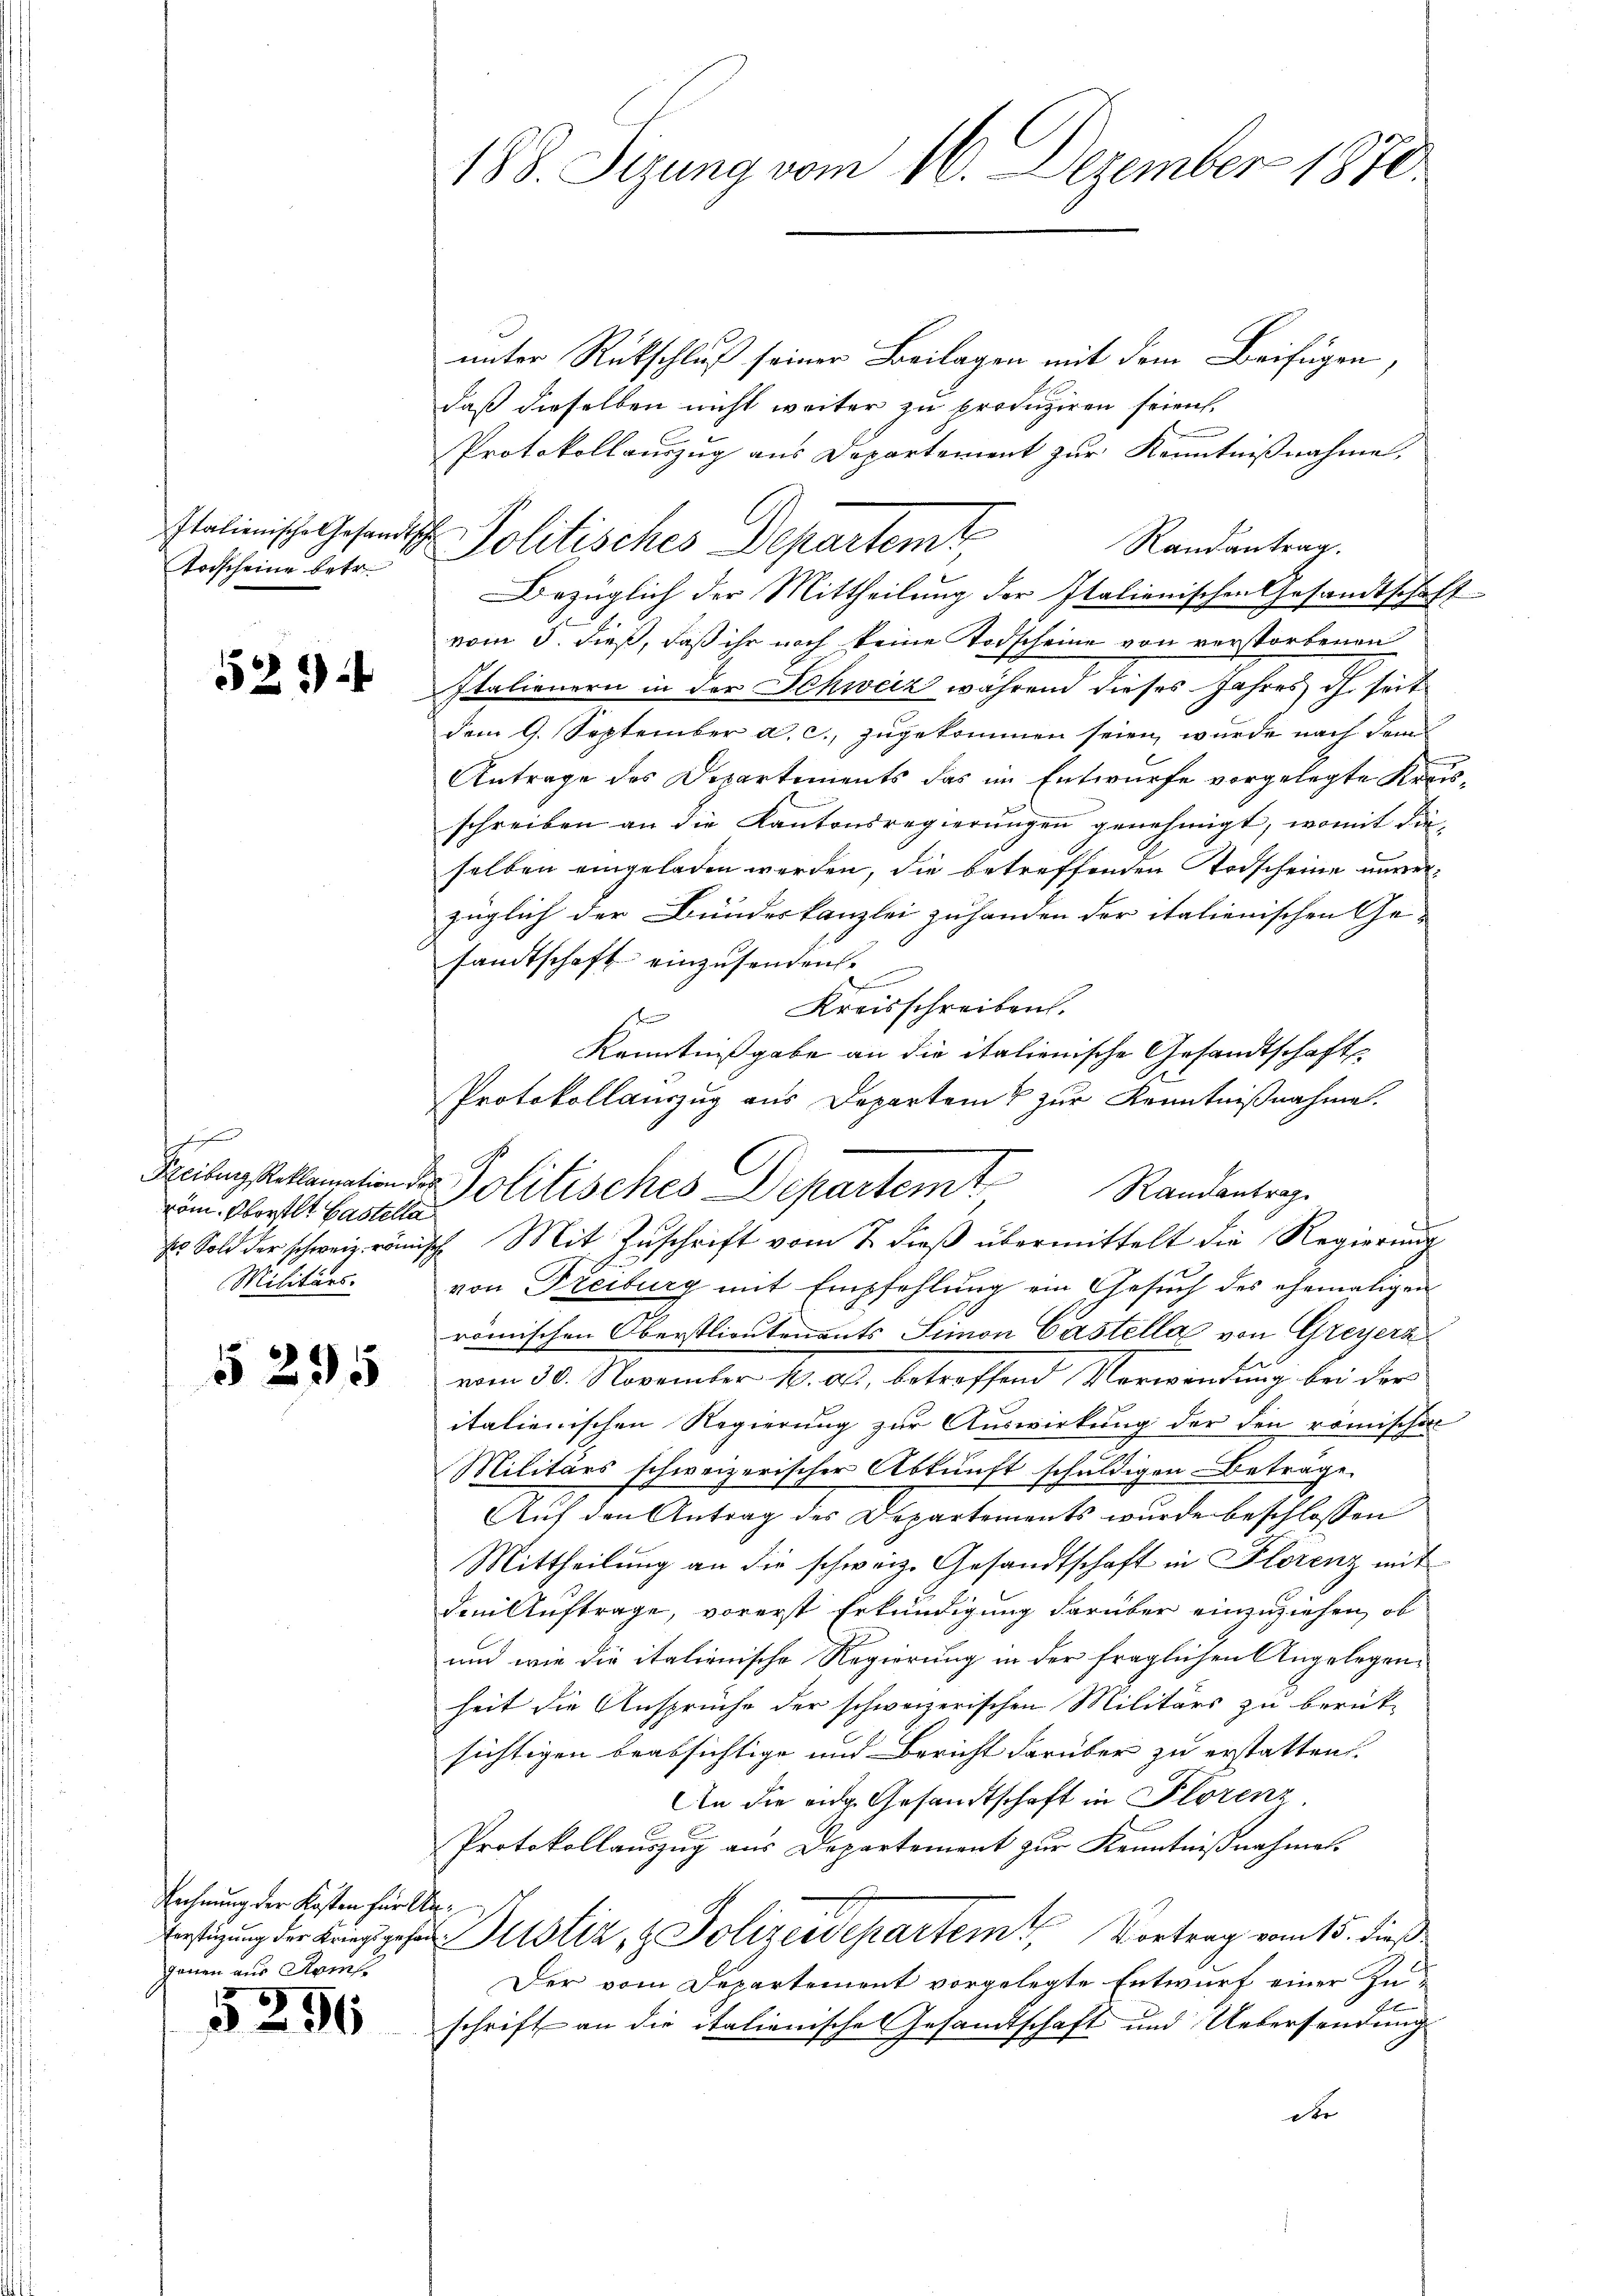
Todscheine betr.

525

sichen
vom Oberstl. Castella
Militärs.

5295

Rechnung der Kosten für Angenen aus Rams

5296

188. Sizung vom 16. Dezember 1870

Italienische Gesandtsch Politisches Departemt

unter Rückschluß seiner Beilagen mit dem Beifügen,
daß dieselben nicht weiter zu produziren seien.
Protokollauszug aus Departement zur Kenntnißnahme,
Randantrag.
Bezüglich der Mittheilung der Italienischen Gesandtschaff
vom 3. dieß, daß ihr noch keine Todscheine von verstorbenen
Italienern in der Schweiz während dieses Jahres dch seit
dem 9. September a. c., zugekommen seien, wurde nach dann
Antrage des Departements das im Entwurfe vorgelegte Kreisschreiben an die Kantonsregierungen genehmigt, womit die
selben eingeladen werden, die betreffenden Todscheine unverzüglich der Bundeskanzlei zuhanden der italienischen Ge-
sandtschaft einzusenden.
d
Kreisschreiben.
z
Kenntnißgabe an die italienische Gesandtschaft
Protokollauszug aus Departem zur Kenntnißnahme.
 Sold der schweiz. römisch Mit Zŭschrift vom 7. dieβ übermittelt die Regierung
von Freiburg mit Empfehlung ein Gesuch des ehemaligen
römischen Oberstlieutenants Simon Castella von Greyerz
vom 30. November 1. alt, betreffend Verwendung bei der
italienischen Regierung zur Auswirkung der den römischen
Militärs schweizerischer Abkunft schuldigen Beträge
Auf den Antrag des Departements wurde beschlossen
Mittheilung an die schweiz. Gesandtschaft in Florenz mit
dem Auftrage, vorerst Erkundigung darüber einzuziehen, ob
und wie die italienische Regierung in der fraglichen Angelegenheit die Ansprüche der schweizerischen Militärs zu berück-
sichtigen beabsichtige und Bericht darüber zu erstatten.
An die eige Gesandtschaft in Plorenz,
Protokollauszug aus Departement zur Kenntnißnahmes
E
stigung der Kriegsgehen Justiz, z. Polizeidepartem Vortrag vom 15. dieß
Der vom Departement vorgelegte Entwurf einer Zuschrift an die italienische Gesandtschaft und Uebersendung
der

Reibung beklamation der Politisches Departem Randantrage